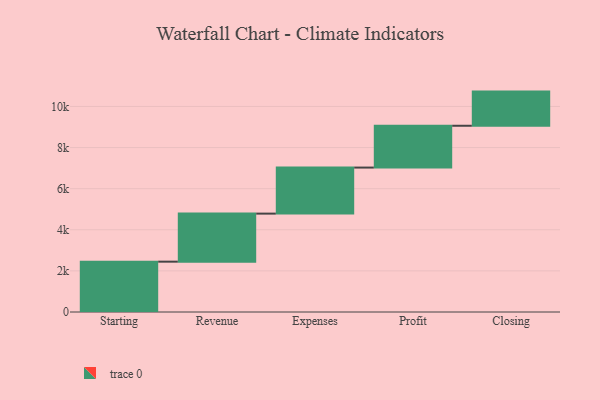
{"axis": {"x": "Step", "y": "Value"}, "legend": [""], "data": [{"x": "Starting", "y": 2449.0, "type": ""}, {"x": "Revenue", "y": 2337.0, "type": ""}, {"x": "Expenses", "y": 2240.0, "type": ""}, {"x": "Profit", "y": 2034.0, "type": ""}, {"x": "Closing", "y": 1662.0, "type": ""}]}